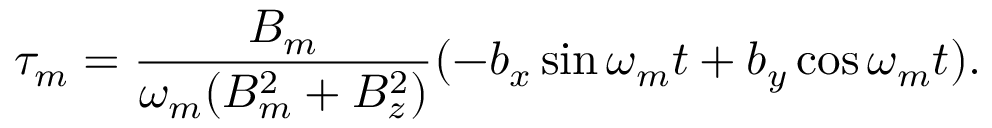
\tau _ { m } = \frac { B _ { m } } { \omega _ { m } ( B _ { m } ^ { 2 } + B _ { z } ^ { 2 } ) } ( - b _ { x } \sin \omega _ { m } t + b _ { y } \cos \omega _ { m } t ) .